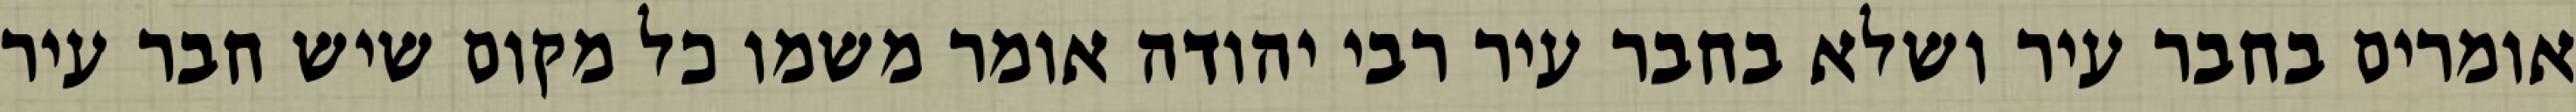
אומרים בחבר עיר ושלא בחבר עיר רבי יהודה אומר משמו כל מקום שיש חבר עיר